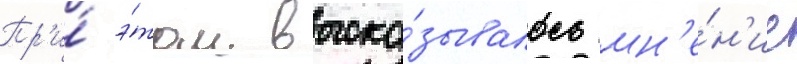
Пр'и́ э́том выска́зывалось мн'е́н'ие